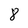
Character: 8